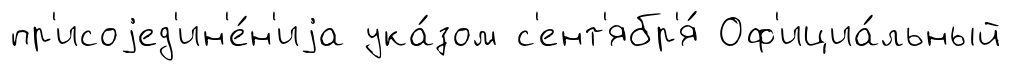
пр'исоjед'ин'е́н'иjа ука́зом с'ент'ябр'я́ Оф'ициа́льный